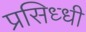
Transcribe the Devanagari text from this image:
प्रसिध्‍धी